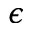
\epsilon